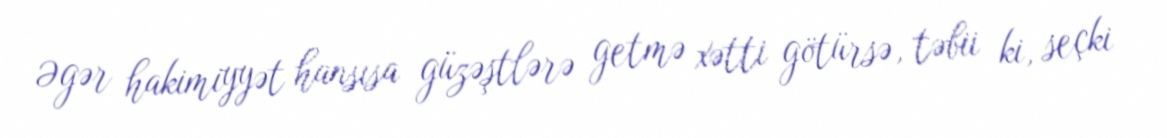
Əgər hakimiyyət hansısa güzəştlərə getmə xətti götürsə, təbii ki, seçki